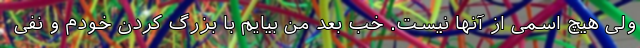
ولی هیچ اسمی از آنها نیست. خب بعد من بیایم با بزرگ کردن خودم و نفی